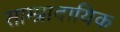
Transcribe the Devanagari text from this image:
साम्प्रादायिक